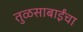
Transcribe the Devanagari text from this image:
तुळसाबाईंचा